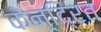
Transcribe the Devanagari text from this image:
केन्दि्रत